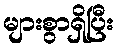
များစွာရှိပြီး